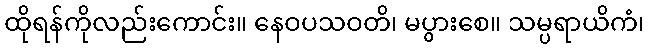
ထိုရန်ကိုလည်းကောင်း။ နေဝပသဝတိ၊ မပွားစေ။ သမ္ပရာယိကံ၊